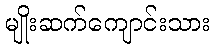
မျိုးဆက်ကျောင်းသား